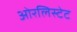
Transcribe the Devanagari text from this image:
ओरलिस्टेट